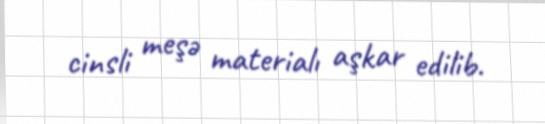
cinsli meşə materialı aşkar edilib.